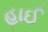
હાઈ